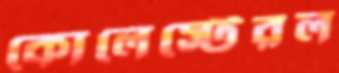
কোলেস্টেরল